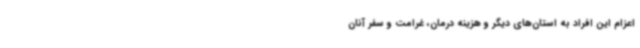
اعزام این افراد به استان‌های دیگر و هزینه درمان، غرامت و سفر آنان